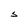
Character: S